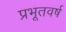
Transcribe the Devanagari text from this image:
प्रभूतवर्ष